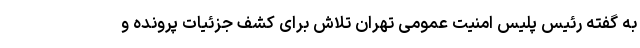
به گفته رئیس پلیس امنیت عمومی تهران تلاش برای کشف جزئیات پرونده و